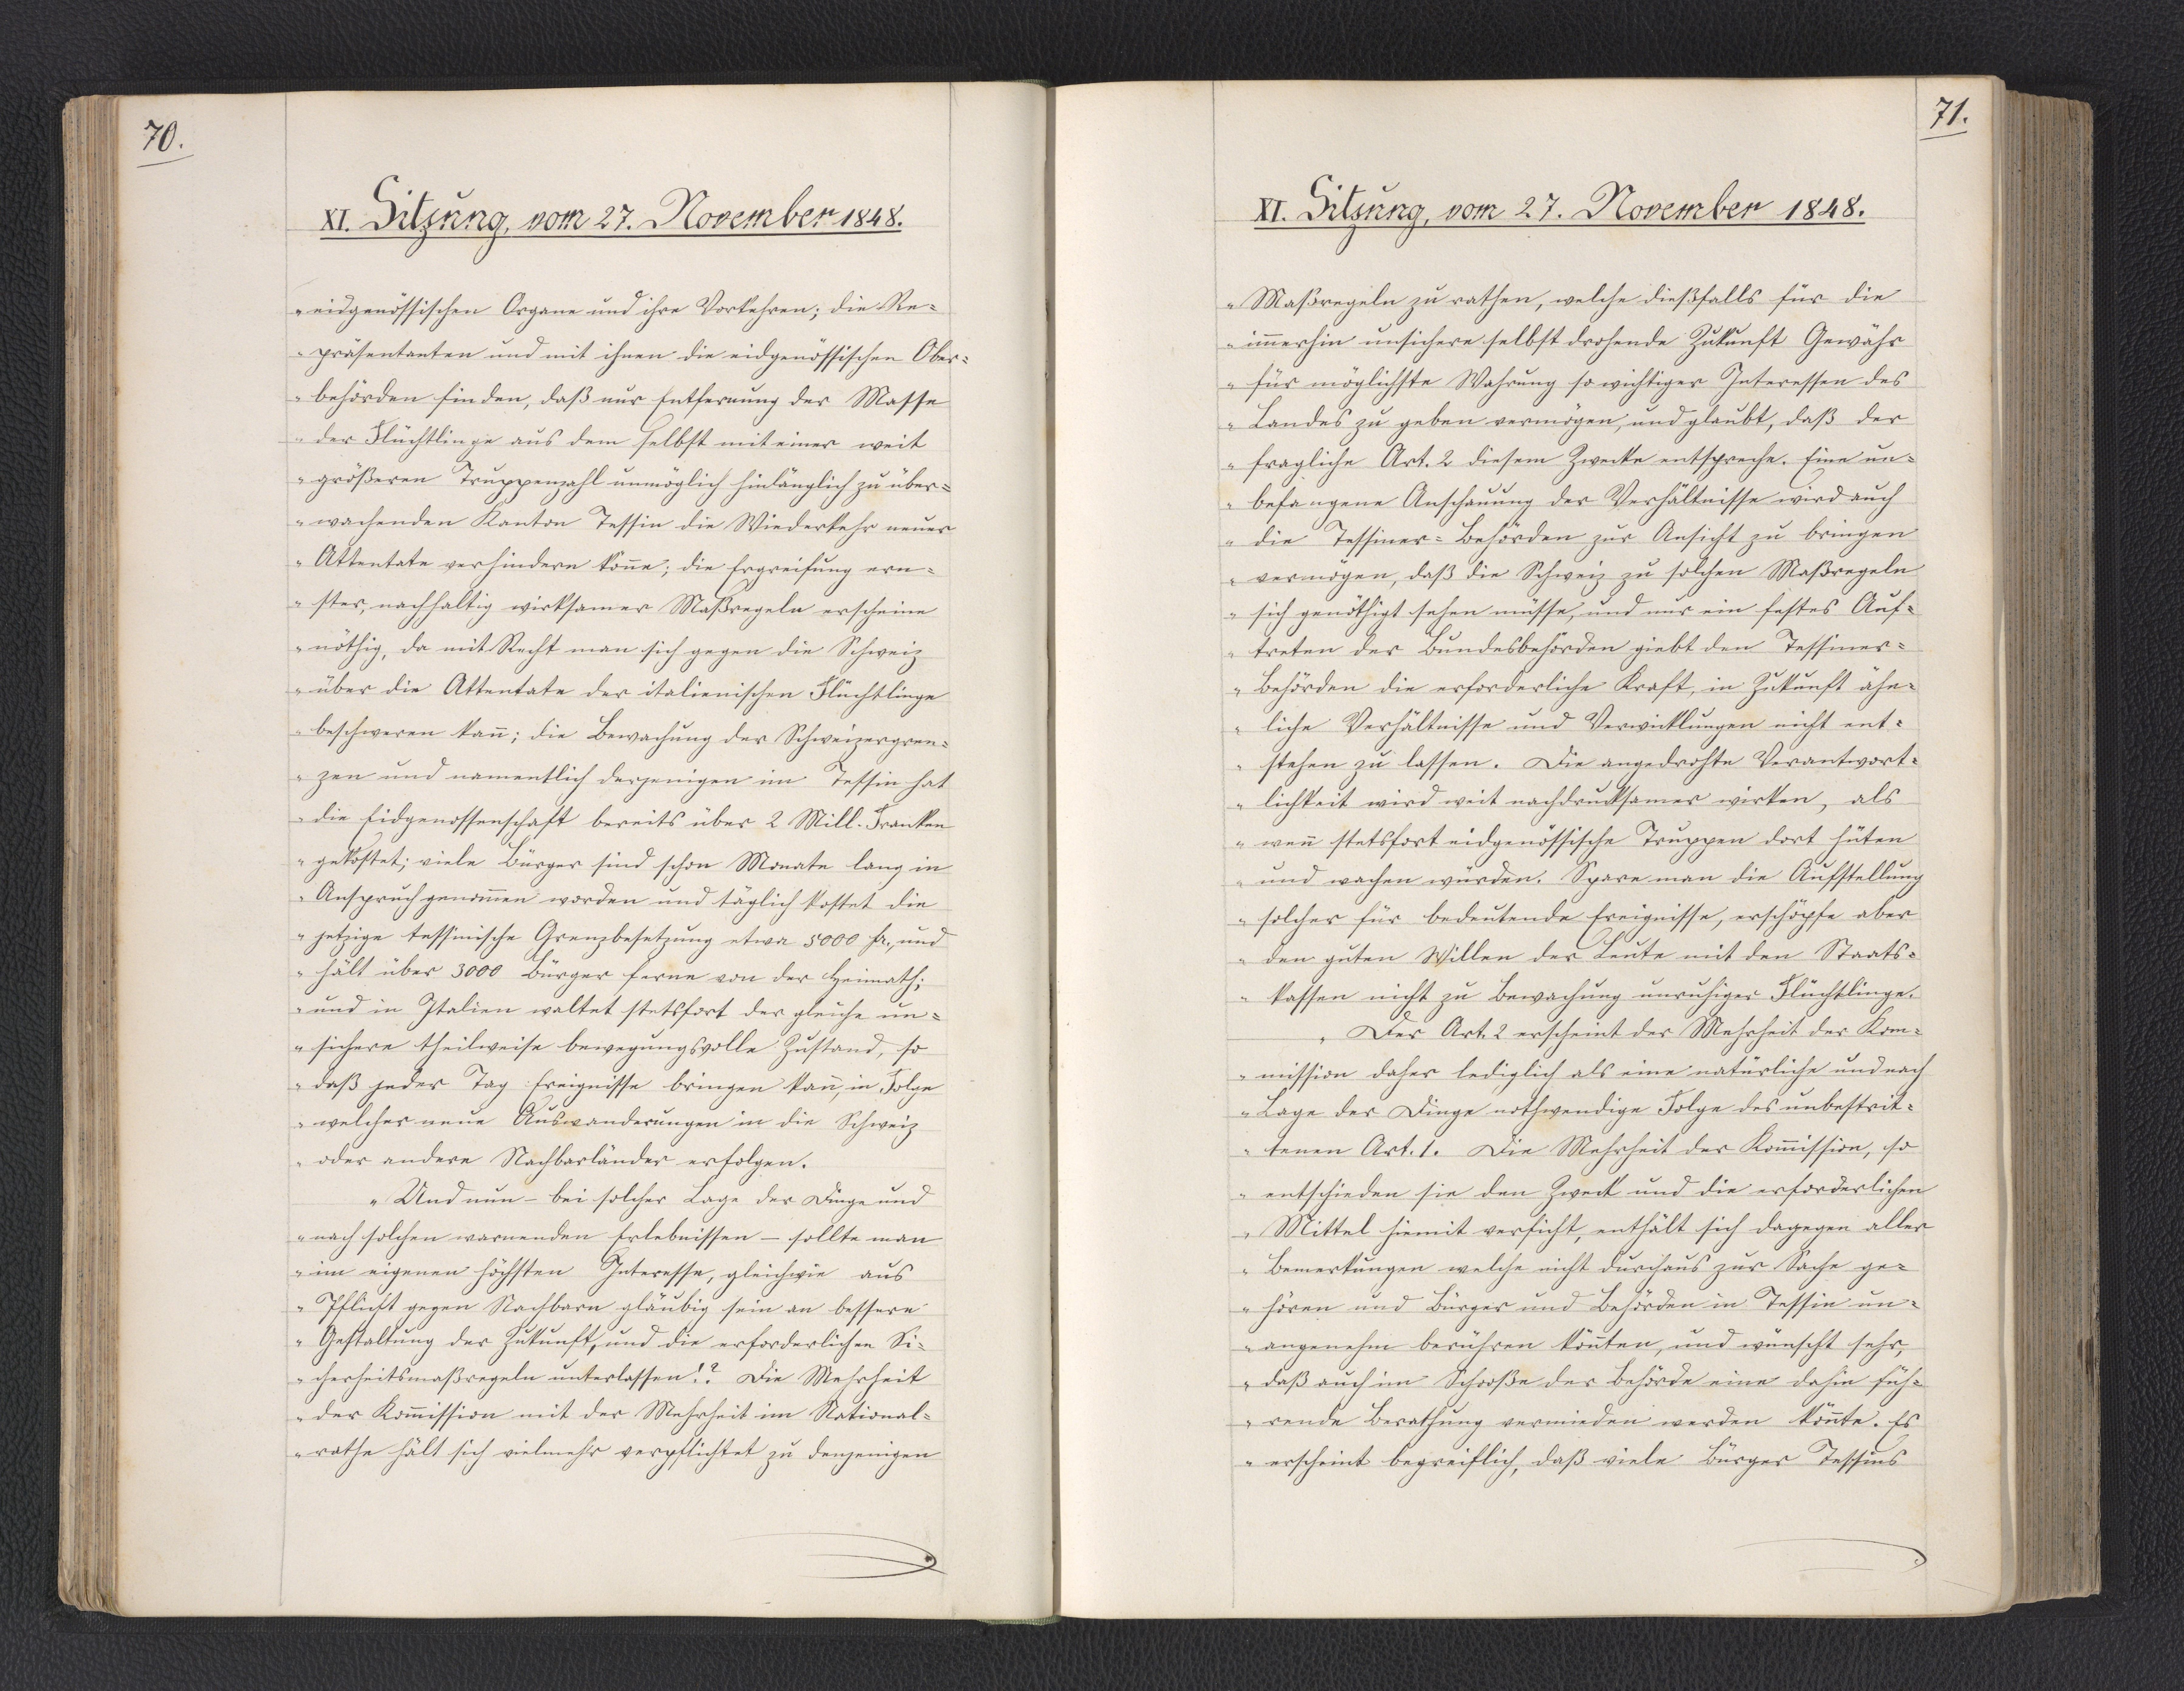
70.

XI. Sitzung, vom 27. November 1848.

eidgenössischen Organe und ihre Vorkehren; die Re¬
präsentanten und mit ihnen die eidgenössischen Ober¬
behörden finden, daß nur Entfernung der Masse
der Flüchtlinge aus dem selbst mit einer weit
größeren Truppenzahl unmöglich hinlänglich zu über¬
wachenden Kanton Tessin die Wiederkehr neuer
Attentate verhindern könne; die Ergreifung ern¬
ster, nachhaltig wirksamer Maßregeln erscheine
nöthig, da mit Recht man sich gegen die Schweiz
über die Attentate der italienischen Flüchtlinge
beschweren kann; die Bewachung der Schweizergren¬
zen und namentlich derjenigen im Tessin hat
die Eidgenossenschaft bereits über 2 Mill. Franken
gekostet; viele Bürger sind schon Monate lang in
Anspruch genommen worden und täglich kostet die
jetzige tessinische Grenzbesetzung etwa 5000 Fr., und
hält über 3000 Bürger ferne von der Heimath;
und in Italien waltet stetsfort der gleiche un¬
sichere theilweise bewegungsvolle Zustand, so
daß jeder Tag Ereignisse bringen kann, in Folge
welcher neue Auswanderungen in die Schweiz
oder andere Nachbarländer erfolgen.
Und nun - bei solcher Lage der Dinge und
nach solchen warnenden Erlebnissen - sollte man
im eigenen höchsten Interesse, gleichwie aus
Pflicht gegen Nachbarn gläubig sein an bessere
Gestaltung der Zukunft, und die erforderlichen Si¬
cherheitsmaßregeln unterlassen!? Die Mehrheit
der Kommission mit der Mehrheit im National¬
rathe hält sich vielmehr verpflichtet zu denjenigen

71.

XI. Sitzung, vom 27. November 1848.

Maßregeln zu rathen, welche dießfalls für die
immerhin unsichere selbst drohende Zukunft Gewähr
für möglichste Wahrung so wichtiger Interessen des
Landes zu geben vermögen, und glaubt, daß der
fragliche Art. 2 diesem Zwecke entspreche. Eine un¬
befangene Anschauung der Verhältnisse wird auch
die Tessiner-Behörden zur Ansicht zu bringen
vermögen, daß die Schweiz zu solchen Maßregeln
sich genöthigt sehen müsse, und nur ein festes Auf¬
treten der Bundesbehörden giebt den Tessiner-
Behörden die erforderliche Kraft, in Zukunft ähn¬
liche Verhältnisse und Verwicklungen nicht ent¬
stehen zu lassen. Die angedrohte Verantwort¬
lichkeit wird weit nachdrucksamer wirken, als
wenn stetsfort eidgenössische Truppen dort hüten
und wachen würden. Spare man die Aufstellung
solcher für bedeutende Ereignisse, erschöpfe aber
den guten Willen der Leute mit den Staats¬
kassen nicht zu Bewachung unruhiger Flüchtlinge.
Der Art. 2 erscheint der Mehrheit der Kom¬
mission daher lediglich als eine natürliche und nach
Lage der Dinge nothwendige Folge des unbestrit¬
tenen Art. 1. Die Mehrheit der Kommission, so
entschieden sie den Zweck und die erforderlichen
Mittel hiemit verficht, enthält sich dagegen aller
Bemerkungen welche nicht durchaus zur Sache ge¬
hören und Bürger und Behörden in Tessin un¬
angenehm berühren könnten, und wünscht sehr,
daß auch im Schooße der Behörde eine dahin füh¬
rende Berathung vermieden werden könnte. Es
erscheint begreiflich, daß viele Bürger Tessins